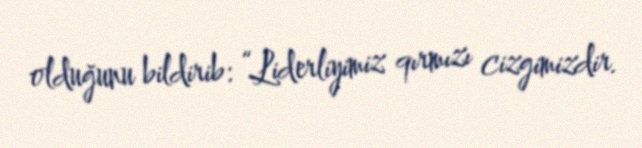
olduğunu bildirib: “Liderliyimiz qırmızı cizgimizdir.